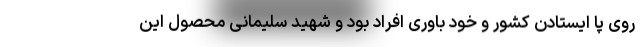
روی پا ایستادن کشور و خود باوری افراد بود و شهید سلیمانی محصول این